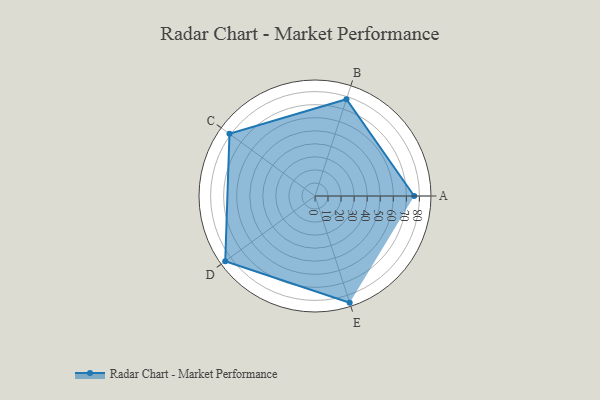
{"axis": {"x": "Skill", "y": "Score"}, "legend": ["Profile"], "data": [{"x": "A", "y": 76.0, "type": "Profile"}, {"x": "B", "y": 78.0, "type": "Profile"}, {"x": "C", "y": 81.0, "type": "Profile"}, {"x": "D", "y": 85.0, "type": "Profile"}, {"x": "E", "y": 86.0, "type": "Profile"}]}